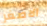
الاصغر